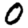
Digit: 0